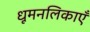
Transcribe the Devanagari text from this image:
धूमनलिकाएँ